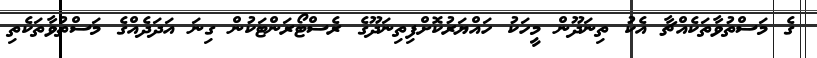
ގެ މަސްތުވާތަކެއްޗާ އެކު ތިނަދޫން މީހަކު ހައްޔަރުކޮށްފިތިނަދޫގެ ރެސްޓޯރަންޓަކުން ގިނަ އަދަދެއްގެ މަސްތުވާތަކެތި